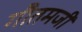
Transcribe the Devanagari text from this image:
गौतमजी